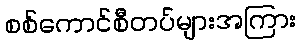
စစ်ကောင်စီတပ်များအကြား